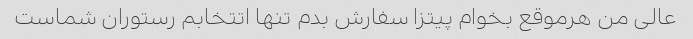
عالی من هرموقع بخوام پیتزا سفارش بدم تنها اتتخابم رستوران شماست